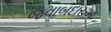
જવાબદારઆ